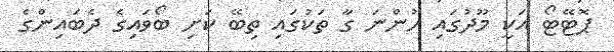
ޕޮޓޭޓޯ އަކީ މޫދުގައި ހުންނަ ގާ ތަކުގައި ތިބޭ ކަށި ބޯވައިގެ ދެބައިންގެ